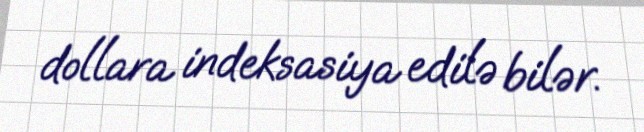
dollara indeksasiya edilə bilər.